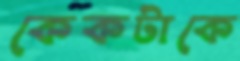
কেকটাকে